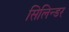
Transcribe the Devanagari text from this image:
सिलिन्डर